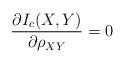
LaTeX: \begin{align*}\frac{\partial I_{c}(X,Y)}{\partial \rho_{XY}}=0\end{align*}